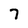
Character: 7